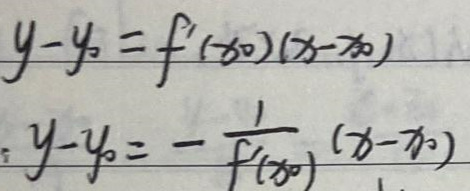
\[
\begin{align*}
y - y_0&=f'(x_0)(x - x_0)\\
y - y_0&=-\frac{1}{f'(x_0)}(x - x_0)
\end{align*}
\]